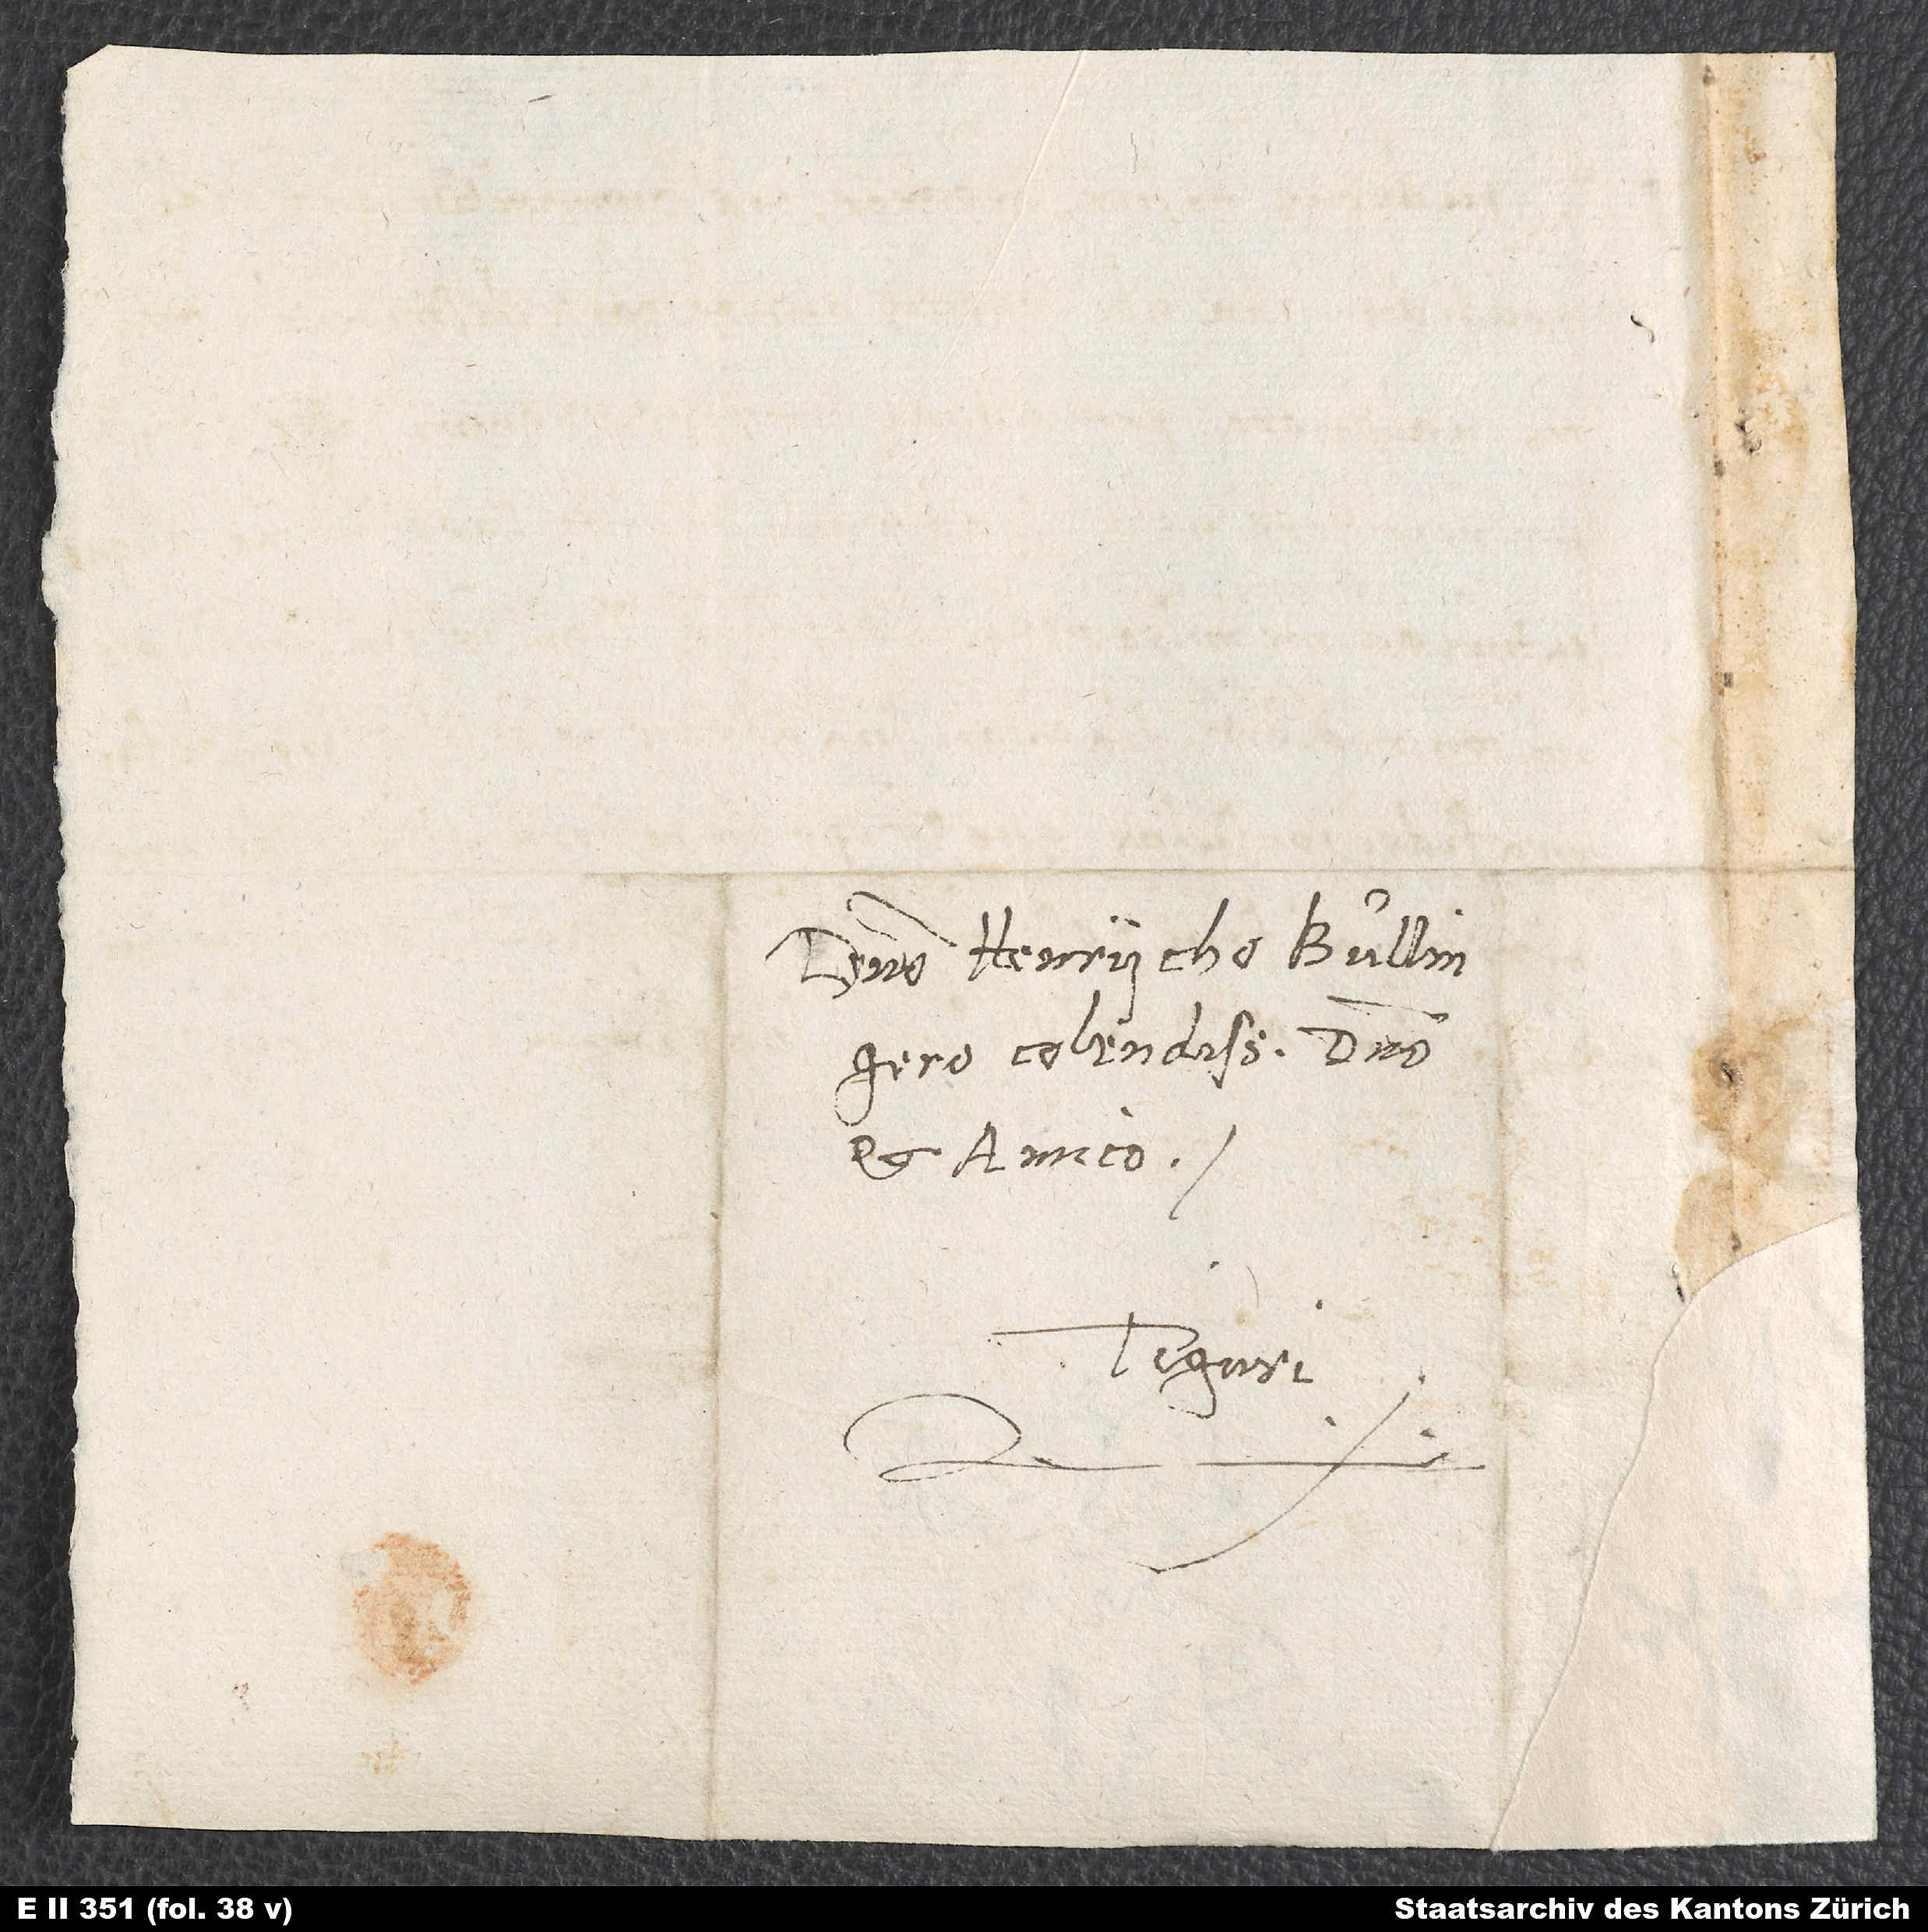
Domino Henrycho Bullingero,
colendissimo domino
et amico.
Tiguri.